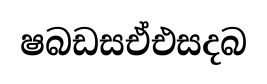
ෂබඩසඒඑසදබ